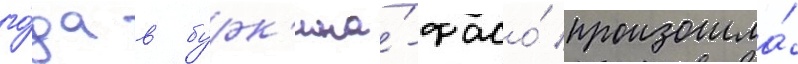
го́да в бурк'ина́-фасо́ произошла́